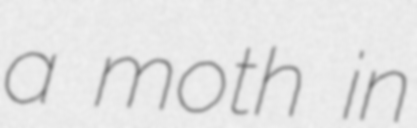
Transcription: a moth in